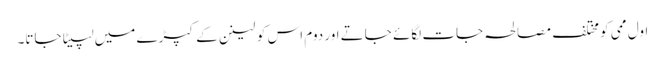
اول ممی کو مختلف مصالحہ جات لگائے جاتے اور دوم اس کو لینن کے کپڑے میں لپیٹا جاتا۔